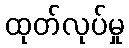
ထုတ်လုပ်မှု